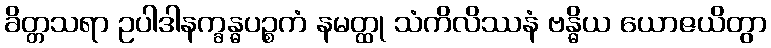
ခိတ္တသရာ ဥပါဒါနက္ခန္ဓပဉ္စကံ နမတ္ထု သံကိလိဿနံ ဗန္ဓိယ ယောဇယိတွာ